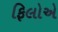
ફિલોએ